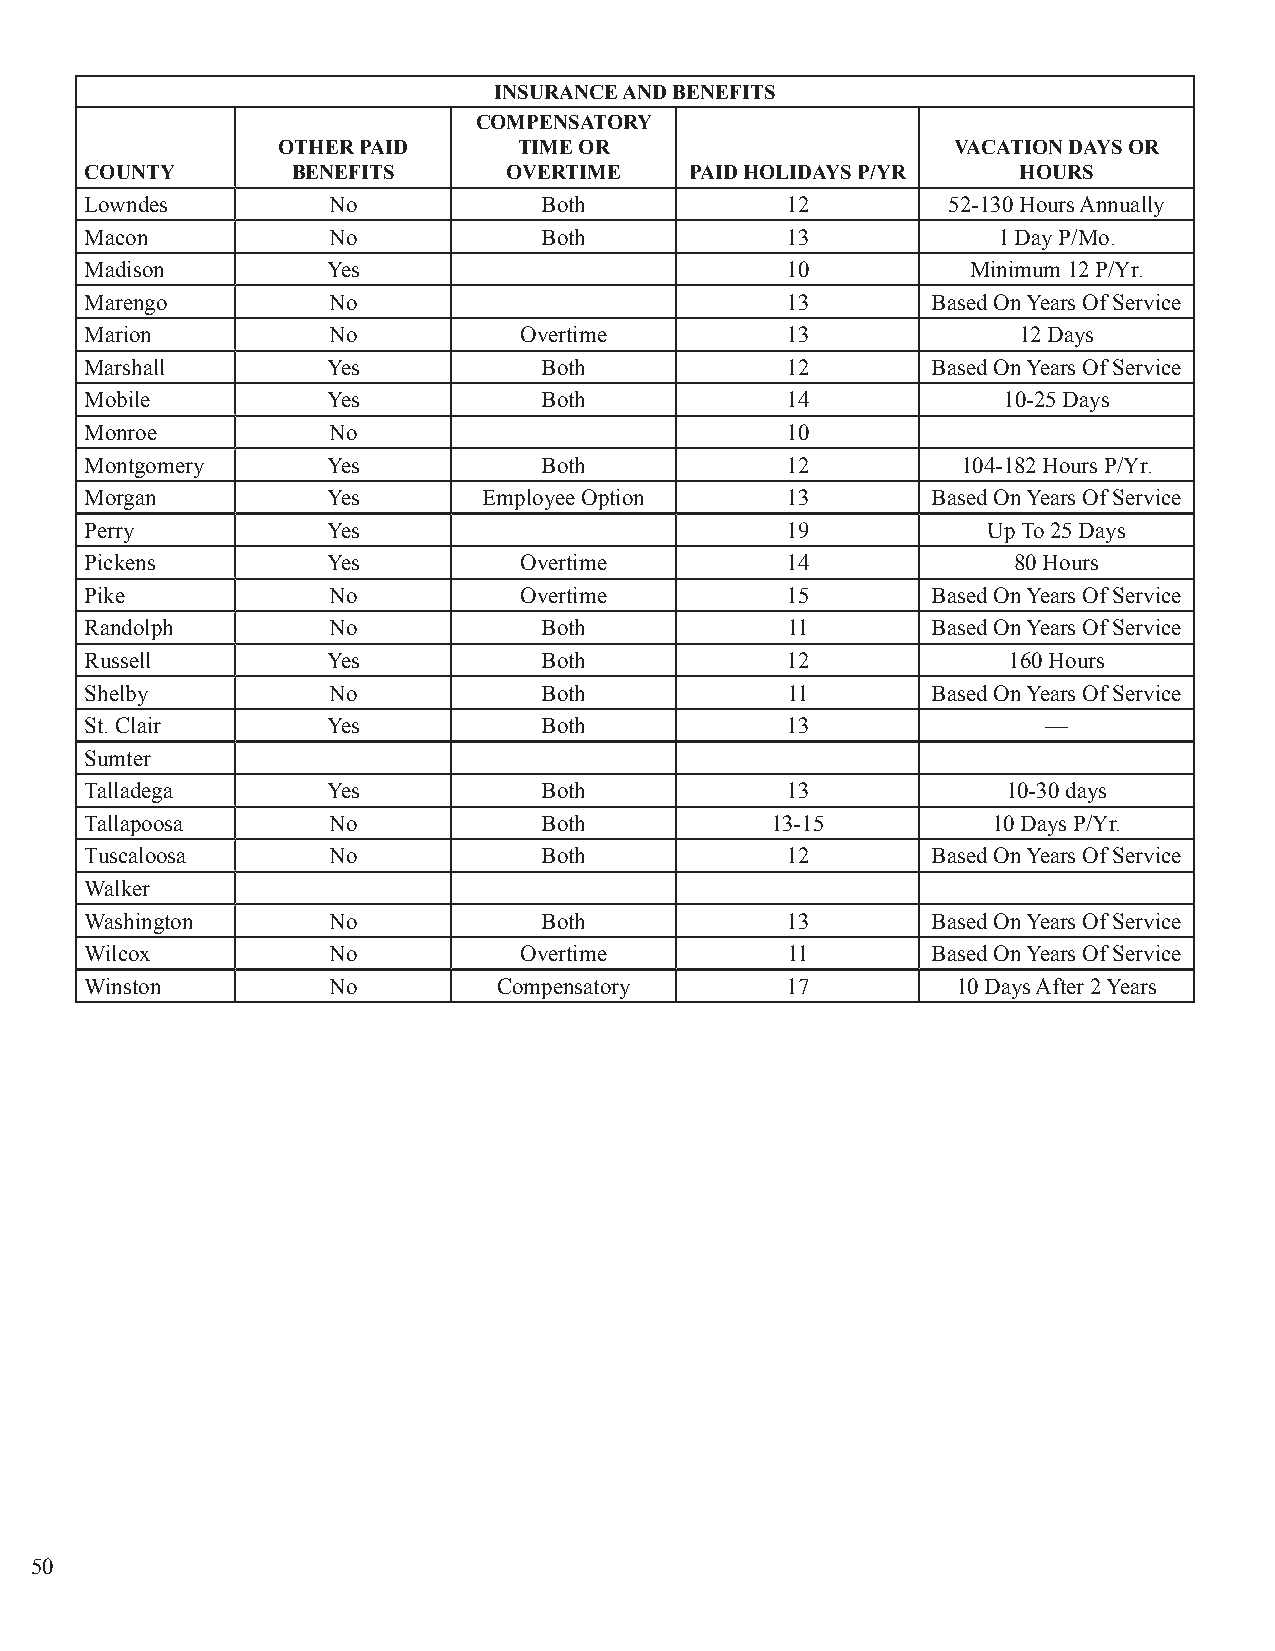
INSURANCE AND BENEFITS
 COMPENSATORY
 OTHER PAID      TIME OR                      VACATION DAYS OR
 COUNTY       BENEFITS       OVERTIME    PAID HOLIDAYS P/YR   HOURS
 Lowndes         No            Both            12         52-130 Hours Annually
 Macon           No            Both            13            1 Day P/Mo.
 Madison         Yes                           10          Minimum 12 P/Yr.
 Marengo         No                            13        Based On Years Of Service
 Marion          No          Overtime          13             12 Days
 Marshall        Yes           Both            12        Based On Years Of Service
 Mobile          Yes           Both            14            10-25 Days
 Monroe          No                            10
 Montgomery      Yes           Both            12          104-182 Hours P/Yr.
 Morgan          Yes       Employee Option     13        Based On Years Of Service
 Perry           Yes                           19           Up To 25 Days
 Pickens         Yes         Overtime          14             80 Hours
 Pike            No          Overtime          15        Based On Years Of Service
 Randolph        No            Both            11        Based On Years Of Service
 Russell         Yes           Both            12             160 Hours
 Shelby          No            Both            11        Based On Years Of Service
 St. Clair       Yes           Both            13               —
 Sumter
 Talladega       Yes           Both            13             10-30 days
 Tallapoosa      No            Both           13-15          10 Days P/Yr.
 Tuscaloosa      No            Both            12        Based On Years Of Service
 Walker
 Washington      No            Both            13        Based On Years Of Service
 Wilcox          No          Overtime          11        Based On Years Of Service
 Winston         No         Compensatory       17         10 Days After 2 Years
 50